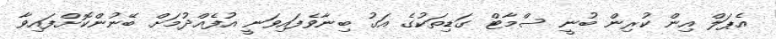
އެޕަލް އިން ކުރިން ބުނީ ސްމާޓް ގަޑިތަކުގެ އަގު ބިނާވެފައިވަނީ އުފެއްދުމަށް ބޭނުންކޮށްފައިވާ